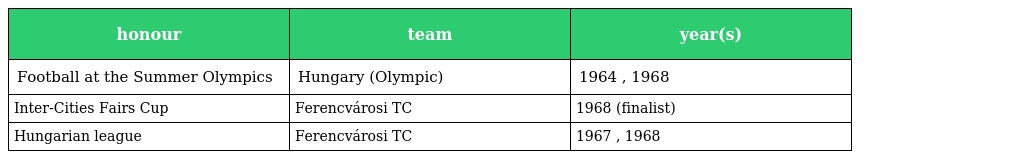
| honour | team | year(s) |
 | --- | --- | --- |
 | Football at the Summer Olympics | Hungary (Olympic) | 1964 , 1968 |
 | Inter-Cities Fairs Cup | Ferencvárosi TC | 1968 (finalist) |
 | Hungarian league | Ferencvárosi TC | 1967 , 1968 |